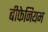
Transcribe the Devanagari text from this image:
बीफेनियम